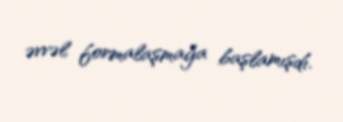
əvvəl formalaşmağa başlamışdı.